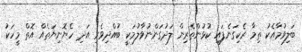
ބަލިވުމާއެކު ތިމާ ރެކިގަނެފައި ކުޅުންތެރިން ލަދުގަންނުވާލުމަކީ ބުއްދިވެރި އަދި ހެޔޮނިޔަތެއް އޮތް މީހަކު